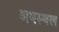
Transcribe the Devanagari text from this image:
अधस्थल